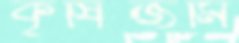
কৃষিজমি